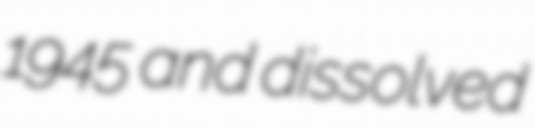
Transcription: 1945 and dissolved